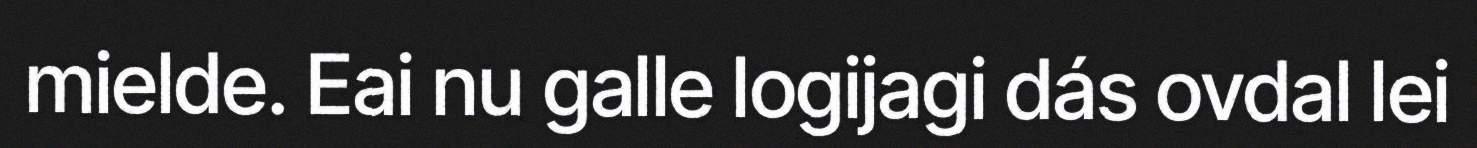
mielde. Eai nu galle logijagi dás ovdal lei